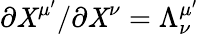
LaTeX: \partial\mathit{X}^{\mu^{\prime}}/\partial\mathit{X}^{\nu}=\Lambda_{\nu}^{\mu^{\prime}}